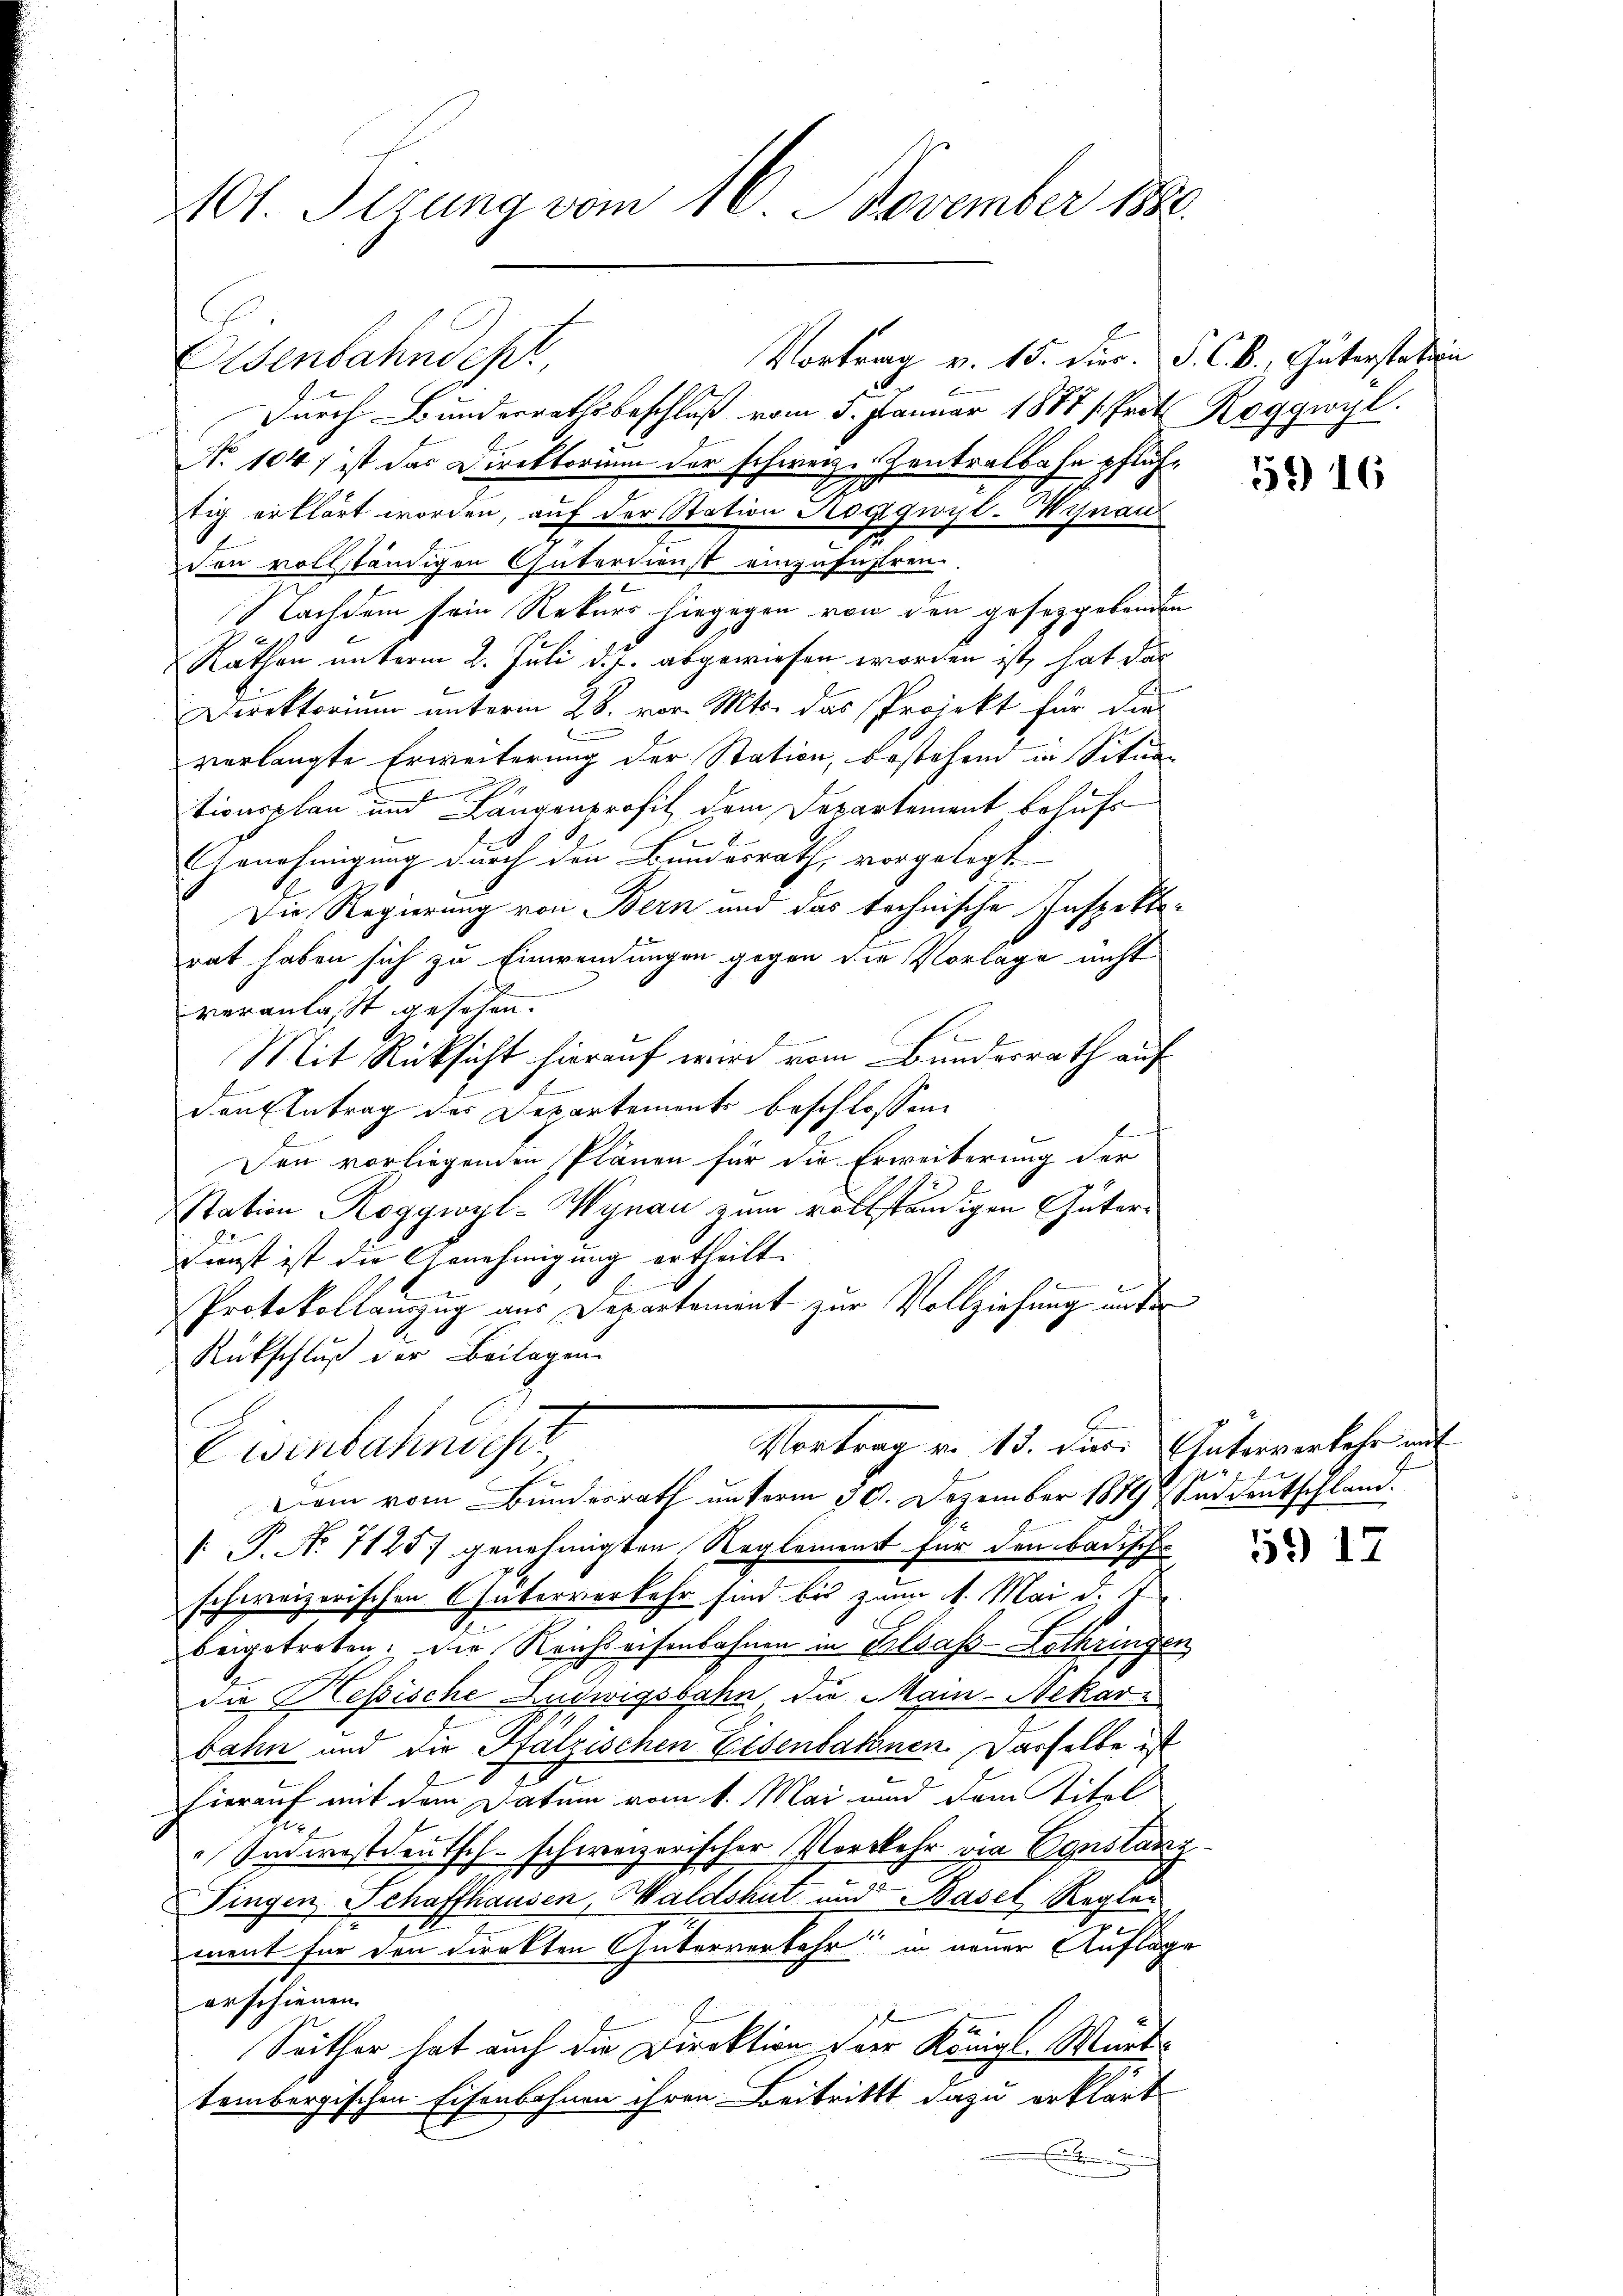
101. Pirung vom 16. November 1888.

Vortrag v. 15. Dier. P. C. k. Güterstation
i
Durch Bunderrathsbeschluß vom 5. Januar 1887 (Prot Roggwyl.
No 104) ist das Direktorum der schweiz. Zentralbahn pflüchtig erklärt worden, auf der Station Roggwyt-Wijnau
don vollständigen Güterdienst einzuführen.
Nachdem sein Rekurs hingegen von den gesetzgebenden
Räthen unterm 2. Juli d. J. abgewiesen worden ist, hat das
Direktorium unterm 28. vor. Mts. das Projekt für die
verlangte Erweiterung der Station, bestehen in Situa
tionsplan und Längenprofit dem Departement behufs
hrnehmigung durch den Bundesrath, vorgelegt
Die Regierung von Bern und das technische Inspekta-
rat haben sich zu Einwendungen gegen die Vorlage nicht
veranlasst gesehen.
i
Mit Rücksicht hierauf wird vom Bunderrath auf
denbetrag des Departements beschlossen:
Den vorliegenden Plänen für die Erweiterung der
station Roggwyl-Wynau zum vollständigen Güter¬
Dunst ist die Genehmigung ertheilt.
Protokollauszug aus Departement zur Vollziehung unter
Rückschluß der Beilagen.
Vortrag v. 15. Die Güterverkehr au
Eisenbahndesr
Dem vom Bundesrath unterm 30. Dezember 1879 Saddeutschland.
[: P. Nr. 7125 genehmigten Reglement für den badische
schweizerischen Güterverkehr sind bis zum 1. Mai d.
beigetreten. Die Reichseisenbahnen in Elsass-Lothringen
die Heßische Ludwigsbahn die Main-Nekar-
bahn und die Pfalzischen Eisenbahnen. Dasselbe ist
hierauf mit dem Datum vom 1. Mai und dem Titel
Indwrostdeutsch-schweizerischer Vorkehr die Constanz
Fingen Schaffhausen, Waldshut und Basel Regler
n
ment für den direkten Güterverkehr in neuer Auflage
erschienen.
Seither hat auch die Direktion der Königl. Württembergischen Eisenbahnen ihren Beitritt dazu erklärt
.

Elsenbahndepr

59) 16

5

559) 17